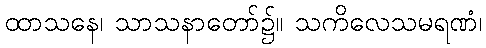
ထာသနေ၊ သာသနာတော်၌။ သကိလေသမရဏံ၊